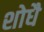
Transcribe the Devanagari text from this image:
शोधै